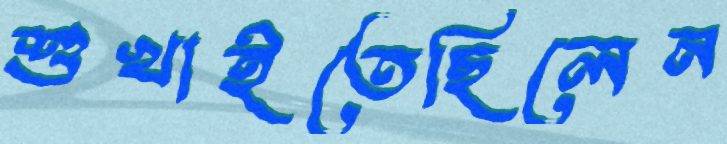
শুখাইতেছিলেন